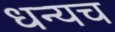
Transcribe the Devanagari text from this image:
धन्यच